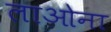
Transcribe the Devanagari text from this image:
लाओना